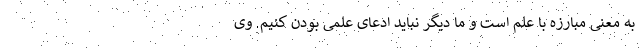
به معنی مبارزه با علم است و ما دیگر نباید ادعای علمی بودن کنیم. وی